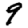
Digit: 9